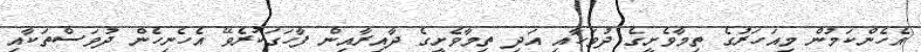
އެހެންކަމުން މިއަހަރުގެ ތިމާވެށީގެ ދުވަހާއި އަދި ތިމާވެށީގެ ދާއިރާއިން ފާހަގަކުރެވޭ އެހެނިހެން ދުވަސްތަކާއި